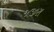
જજીરા